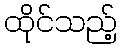
ထိုင်သည့်